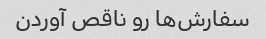
سفارش‌ها رو ناقص آوردن